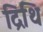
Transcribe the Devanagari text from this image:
द्रिथि